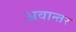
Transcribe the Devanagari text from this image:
अवान्‍तर